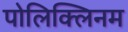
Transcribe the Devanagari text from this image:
पोलिक्लिनम